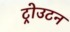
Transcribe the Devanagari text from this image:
ट्रोउटन